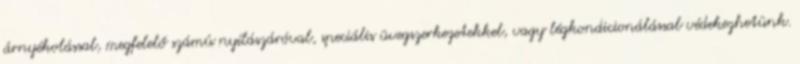
árnyékolással, megfelelő számú nyílászáróval, speciális üvegszerkezetekkel, vagy légkondicionálással védekezhetünk.